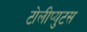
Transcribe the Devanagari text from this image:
टोलीप्युटस